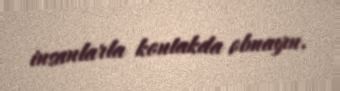
insanlarla kontakda olmayın.